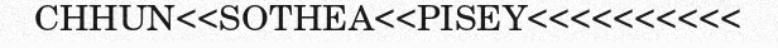
CHHUN<<SOTHEA<<PISEY<<<<<<<<<<